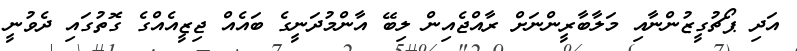
އަދި ޕޯޗުގީޒުންނާއި މަލާބާރީންނަށް ރާއްޖެއިން ލިބޭ އާންމުދަނީގެ ބައެއް ޖިޒީއެއްގެ ގޮތުގައި ދެވުނީ